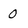
Character: O